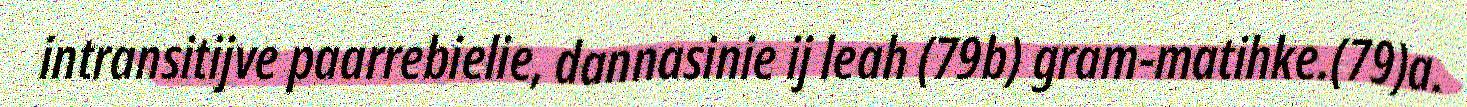
intransitijve paarrebielie, dannasinie ij leah (79b) gram-matihke.(79)a.